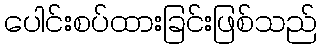
ပေါင်းစပ်ထားခြင်းဖြစ်သည်